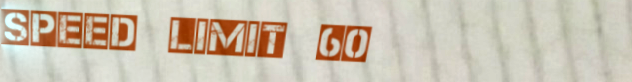
Speed Limit 60